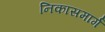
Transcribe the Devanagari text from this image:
निकासमार्ग